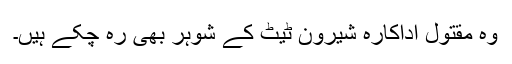
وہ مقتول اداکارہ شیرون ٹیٹ کے شوہر بھی رہ چکے ہیں۔